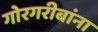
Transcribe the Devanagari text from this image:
गोरगरीबांना